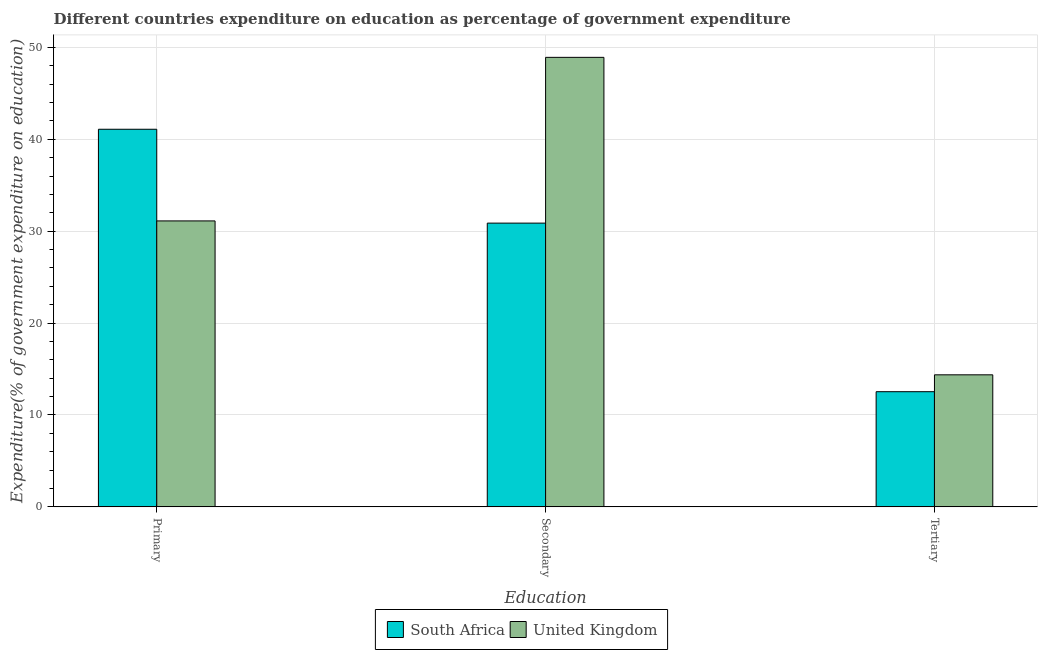
| Education | South Africa | United Kingdom |
 | --- | --- | --- |
 | Primary | 41.1 | 31.1 |
 | Secondary | 30.9 | 48.9 |
 | Tertiary | 12.5 | 14.4 |